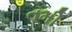
તમી